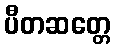
ပီတဆတ္တေ